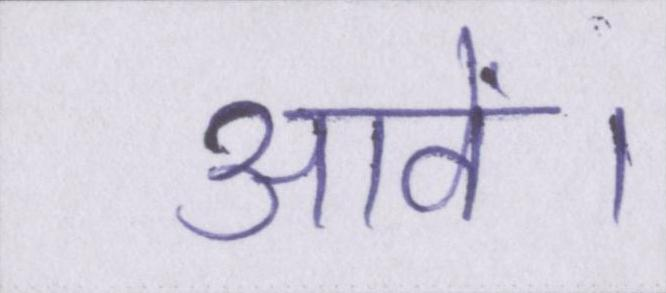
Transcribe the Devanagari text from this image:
आवें।